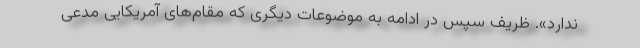
ندارد». ظریف سپس در ادامه به موضوعات دیگری که مقام‌های آمریکایی مدعی